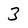
Character: 3